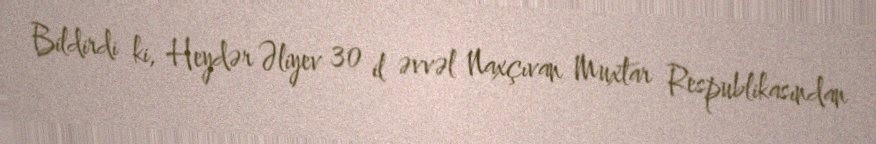
Bildirdi ki, Heydər Əliyev 30 il əvvəl Naxçıvan Muxtar Respublikasından